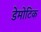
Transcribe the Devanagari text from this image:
डेमोटिक